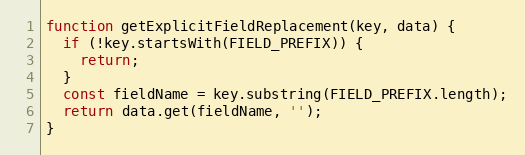
Language: JavaScript
function getExplicitFieldReplacement(key, data) {
  if (!key.startsWith(FIELD_PREFIX)) {
    return;
  }
  const fieldName = key.substring(FIELD_PREFIX.length);
  return data.get(fieldName, '');
}